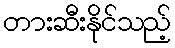
တားဆီးနိုင်သည့်